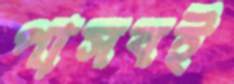
পাসবই